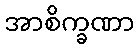
အာစိက္ခဏာ